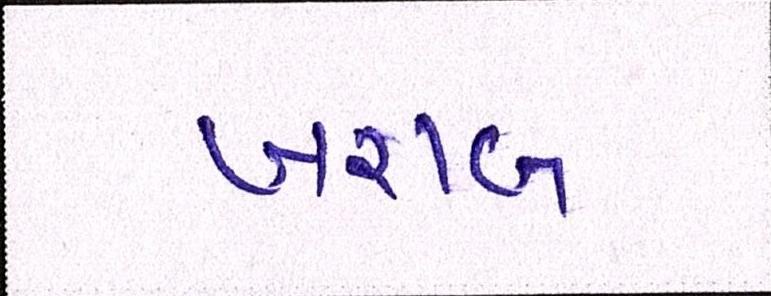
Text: ખરાબ